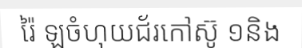
រ៉ៃ ឡចំហុយជ័រកៅស៊ូ ១និង